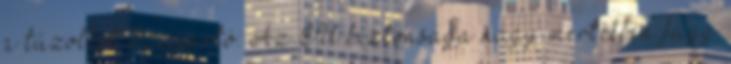
a tűzoltók Szijjártó: Az EU biztonsága nagy mértékben függ